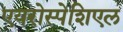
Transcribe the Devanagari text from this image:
एयरोस्पेशिएल